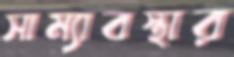
সাম্যাবস্থার